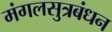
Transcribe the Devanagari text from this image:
मंगलसुत्रबंधन